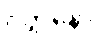
ဝတ္တိနော